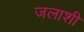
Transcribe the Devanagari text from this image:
जलाशी